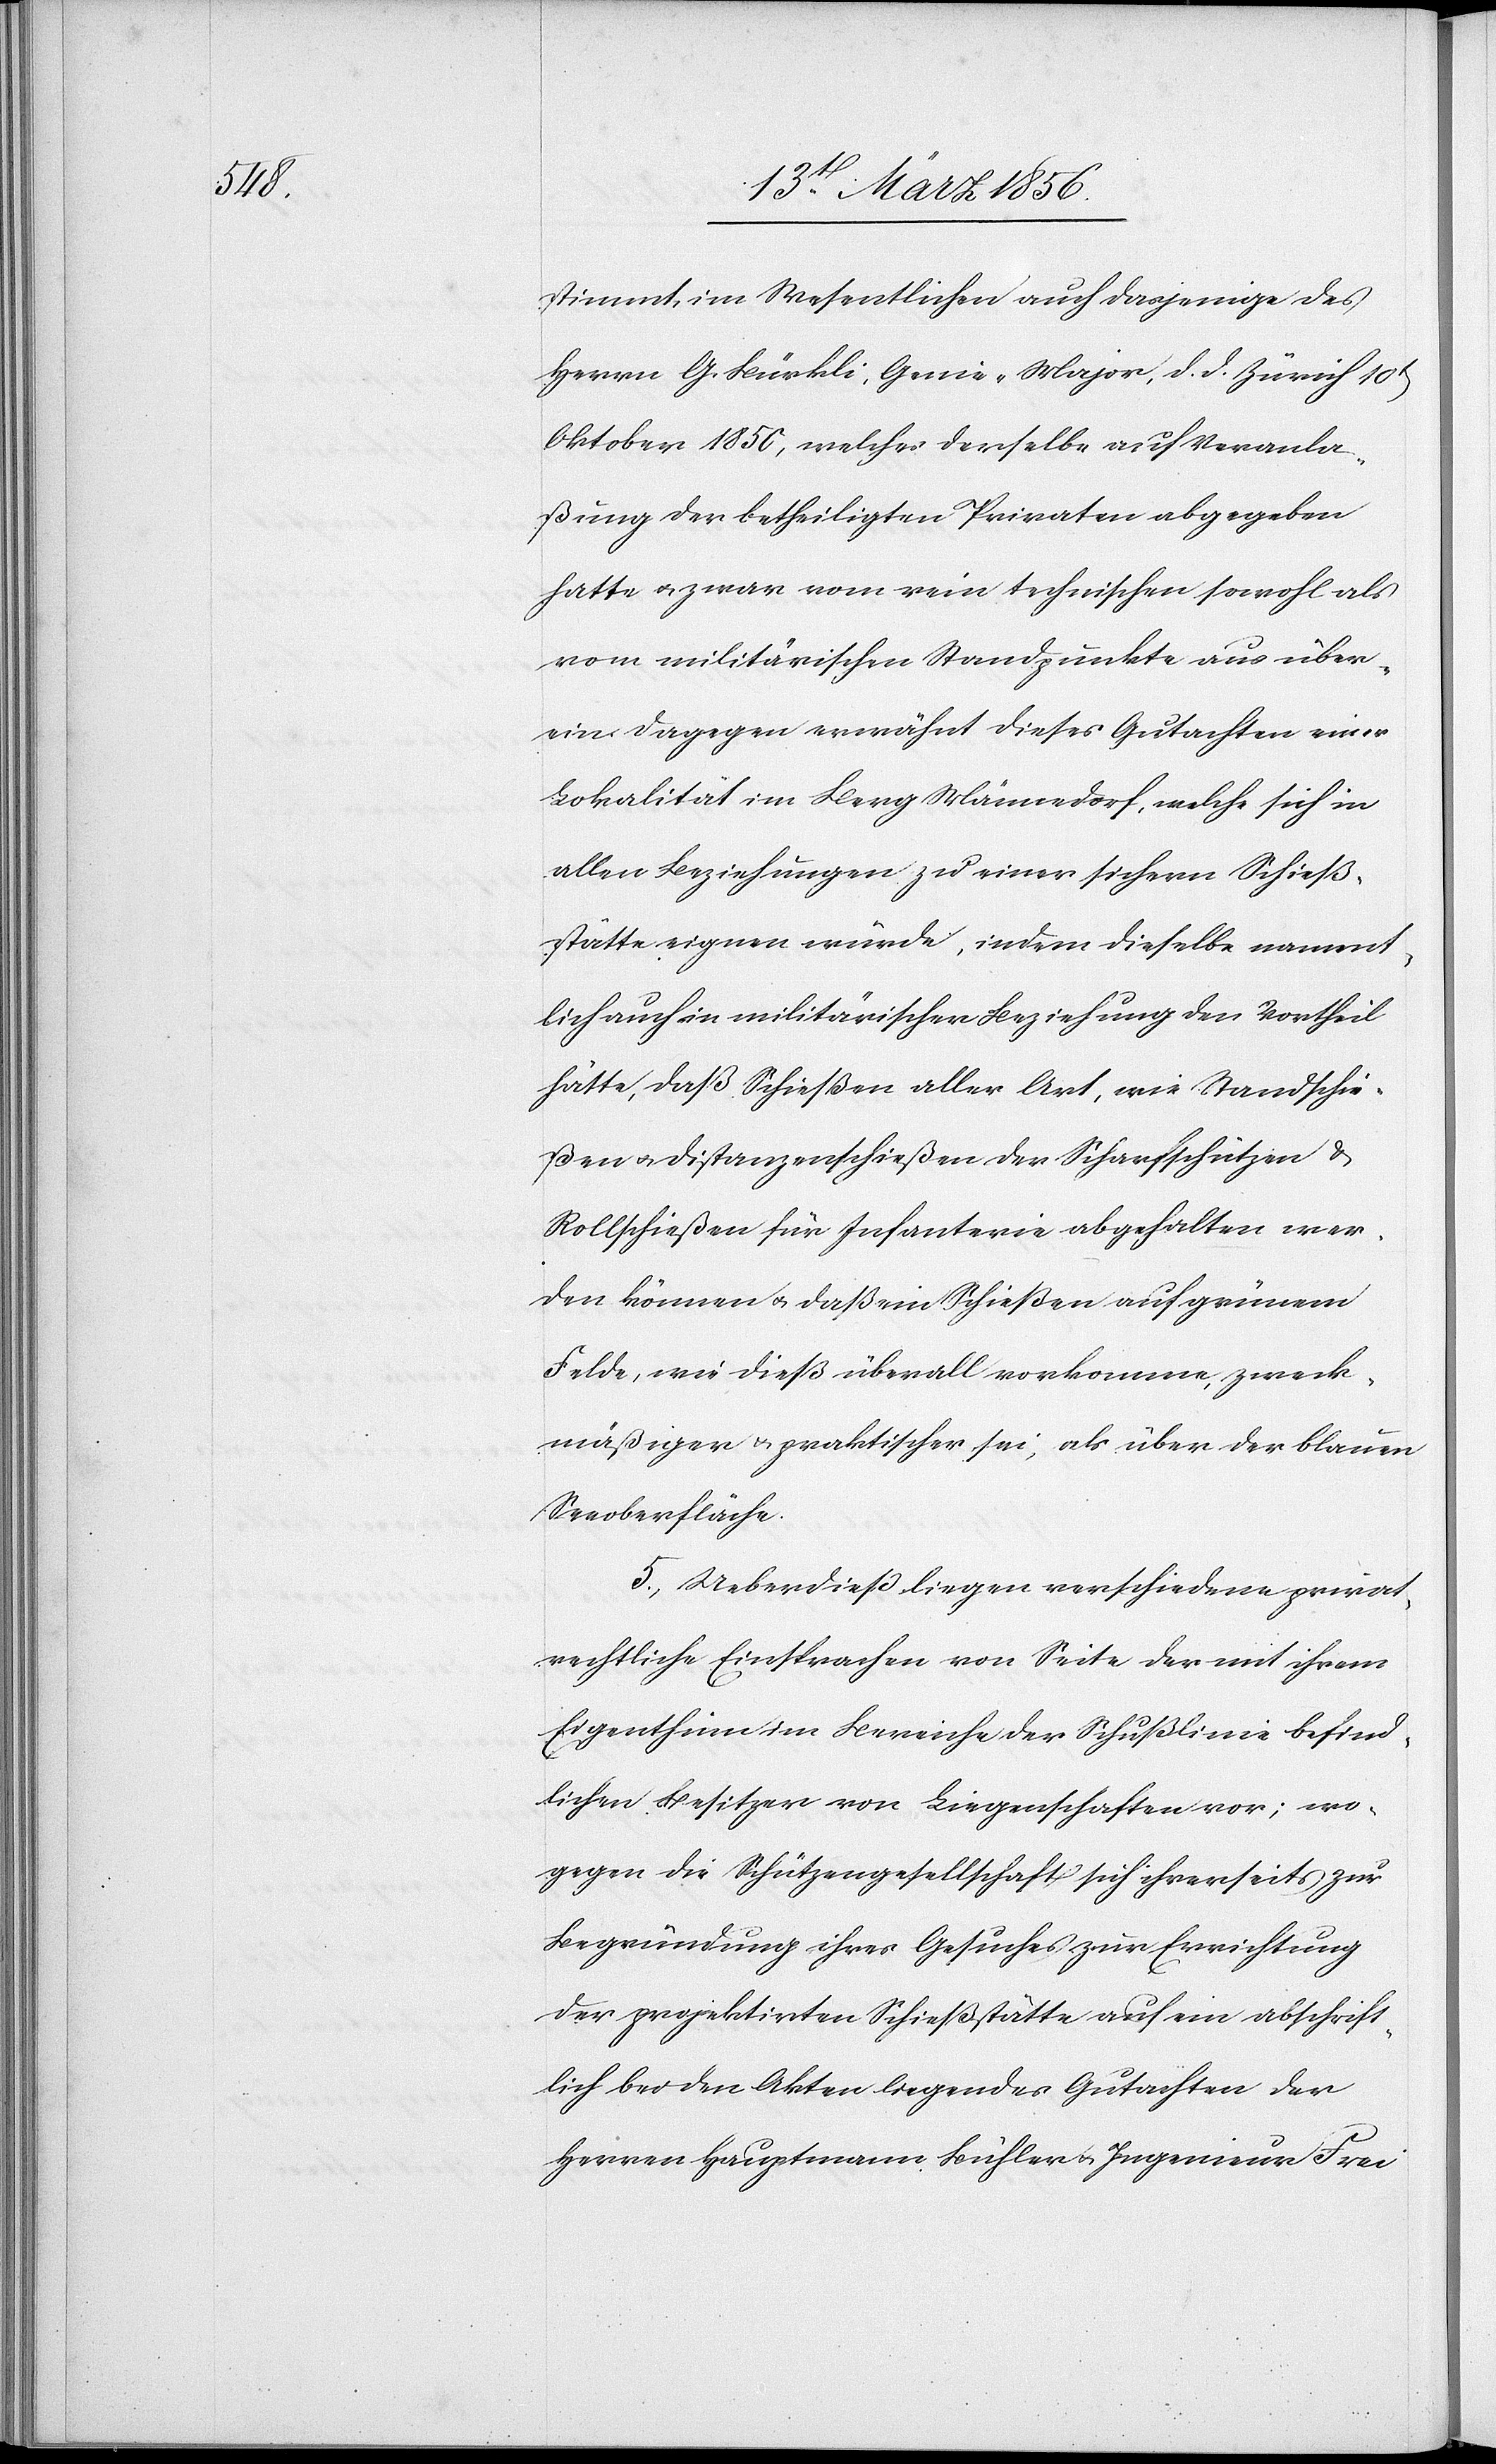
stimmt im Wesentlichen auch dasjenige des
Herrn G. Bürkli, Genie-Major, d. d. Zürich 10t
Oktober 1850, welches derselbe auf Veranla¬
ßung der betheiligten Privaten abgegeben
hatte u. zwar vom rein technischen sowohl als
vom militärischen Standpunkte aus über¬
ein. Dagegen erwähnt dieses Gutachten eine
Lokalität im Berg Männedorf, welche sich in
allen Beziehungen zu einer sichern Schieß¬
stätte eignen würde, indem dieselbe nament¬
lich auch in militärischer Beziehung den Vortheil
hätte, daß Schießen aller Art, wie Standschie¬
ßen u. Distanzenschießen der Scharfschützen &
Rollschießen für Infanterie abgehalten wer¬
den können u. daß ein Schießen auf grünem
Felde, wie dieß überall vorkomme, zweck¬
mäßiger & praktischer sei, als über der blauen
Seeoberfläche.
5., Ueberdieß liegen verschiedene privat¬
rechtliche Einsprachen von Seite der mit ihrem
Eigenthum im Bereiche der Schußlinie befind¬
lichen Besitzer von Liegenschaften vor; wo¬
gegen die Schützengesellschaft sich ihrerseits zur
Begründung ihres Gesuches zur Errichtung
der projektirten Schießstätte auf ein abschrift¬
lich bei den Akten liegendes Gutachten der
Herren Hauptmann Bühler u. Ingenieur Frei